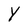
Character: Y